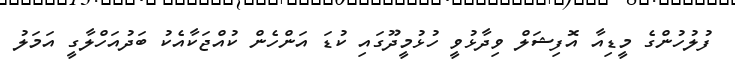
ފުލުހުންގެ މީޑިއާ އޮފިޝަލް ވިދާޅުވީ ހުޅުމީދޫގައި ކުޑަ އަންހެން ކުއްޖަކާއެކު ބަދުއަހްލާގީ އަމަލު